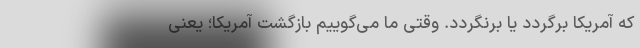
که آمریکا برگردد یا برنگردد. وقتی ما می‌گوییم بازگشت آمریکا؛ یعنی